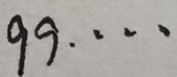
9 9 \cdots